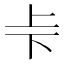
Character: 𠧗